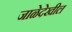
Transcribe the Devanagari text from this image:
जाळेदेखील